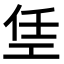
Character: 𫶭